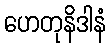
ဟေတုနိဒါနံ